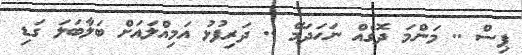
ޕިސް .. މަންމަ ދޮގެއް ނަހަދަމޭ .. ދަރިފުޅު އަމިއްލައަށް ބަލާބަލަ ގަޑި